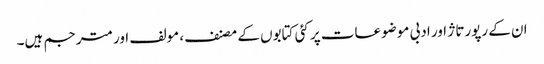
ان کے رپورتاژ اور ادبی موضوعات پر کئی کتابوں کے مصنف، مولف اور مترجم ہیں۔